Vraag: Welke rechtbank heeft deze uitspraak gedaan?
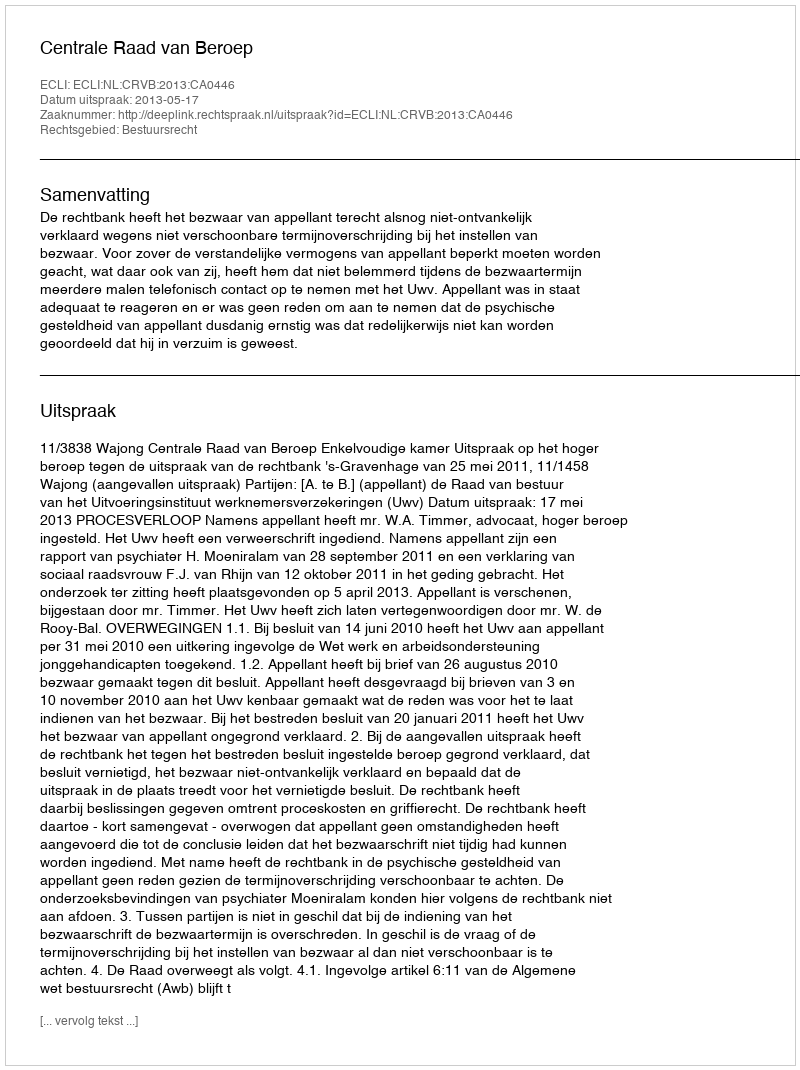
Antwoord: Centrale Raad van Beroep